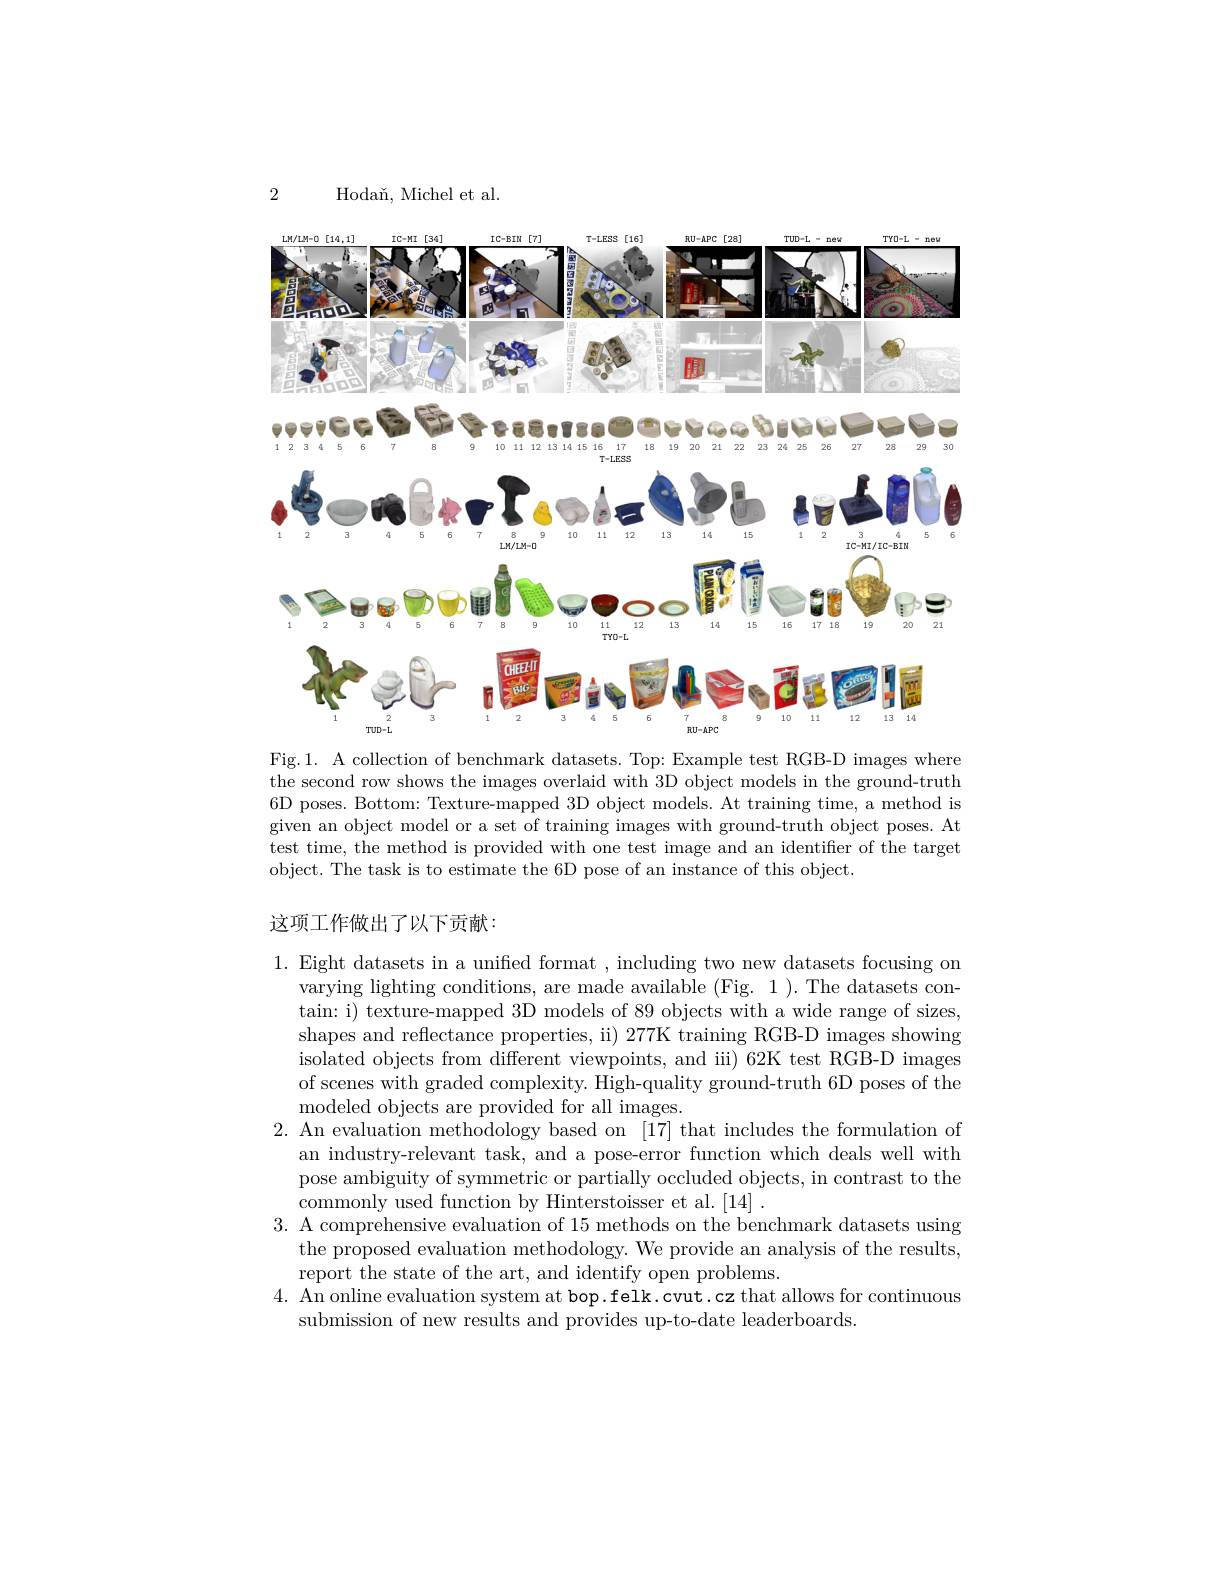
2

<FigureHere>

Hoda$\v {n}$, Michel et al.
Fig.1. A collection of benchmark datasets. Top: Example test RGB-D images where

the second row shows the images overlaid with 3D object models in the ground-truth 6D poses. Bottom: Texture-mapped 3D object models. At training time, a method is given an object model or a set of training images with ground-truth object poses. At test time, the method is provided with one test image and an identifier of the target object. The task is to estimate the 6D pose of an instance of this object.

### 这项工作做出了以下贡献：

1. Eight datasets in a unified format , including two new datasets focusing on
varying lighting conditions, are made available (Fig. 1). The datasets contain: i) texture-mapped 3D models of 89 objects with a wide range of sizes, shapes and reflectance properties, ii) 277K training RGB-D images showing isolated objects from different viewpoints, and iii) 62K test RGB-D images of scenes with graded complexity. High-quality ground-truth 6D poses of the modeled objects are provided for all images.
2. An evaluation methodology based on [17] that includes the formulation of
an industry-relevant task, and a pose-error function which deals well with pose ambiguity of symmetric or partially occluded objects, in contrast to the commonly used function by Hinterstoisser et al.[14] .
3. A comprehensive evaluation of 15 methods on the benchmark datasets using
the proposed evaluation methodology. We provide an analysis of the results,
report the state of the art, and identify open problems.
4. An online evaluation system at bop.felk.cvut.cz that allows for continuous
submission of new results and provides up-to-date leaderboards.